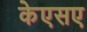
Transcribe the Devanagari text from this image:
केएसए